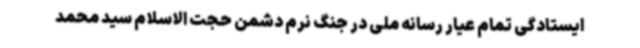
ایستادگی تمام عیار رسانه ملی در جنگ نرم دشمن حجت الاسلام سید محمد